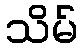
သိမ်